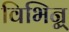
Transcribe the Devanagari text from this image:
विभिन्न्